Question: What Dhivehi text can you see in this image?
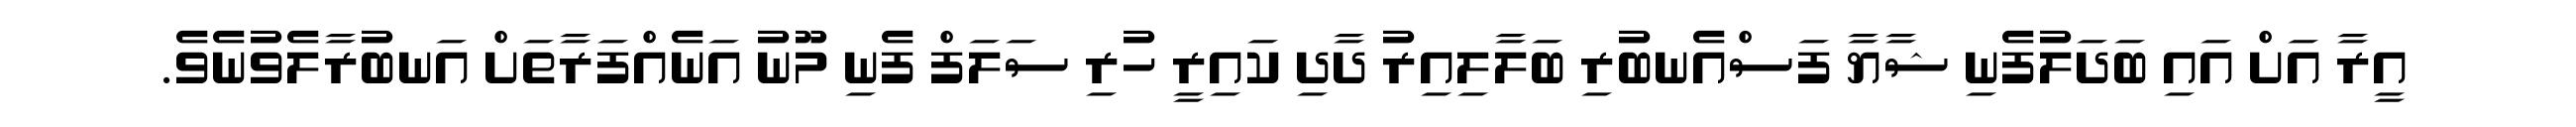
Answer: އީރާ އަށް އައި ބަދަލުފެނި ޝާޔާ ފަސްއެނބުރި ބަލާލިއިރު ދާދި ކައިރީ ހުރި ސަލަފް ފެނި މޫނު އަނެއްފަރާތަށް އަނބުރާލެވުނެވެ.